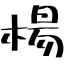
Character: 楊